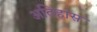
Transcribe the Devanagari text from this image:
अतिहास